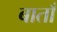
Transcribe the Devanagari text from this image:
बाताँ